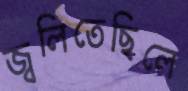
জ্বলিতেছিলে